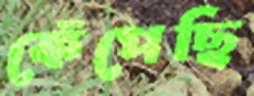
কেঁপেছি